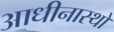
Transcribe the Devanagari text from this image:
आधीनास्थों